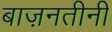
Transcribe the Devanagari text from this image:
बाज़नतीनी